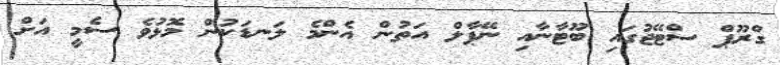
ގްރޫޕް ސްޓޭޖުގައި ބޫޓާނާއި ނޭޕާލް އަތުން އެންމެ ލަނޑަކުން މޮޅުވެ ސެމީ އަށް